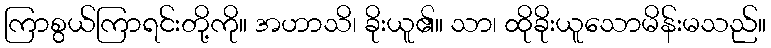
ကြာစွယ်ကြာရင်းတို့ကို။ အဟာသိ၊ ခိုးယူ၏။ သာ၊ ထိုခိုးယူသောမိန်းမသည်။